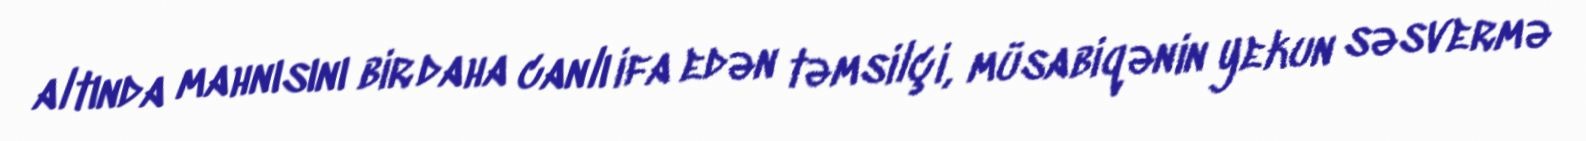
altında mahnısını bir daha canlı ifa edən təmsilçi, müsabiqənin yekun səsvermə